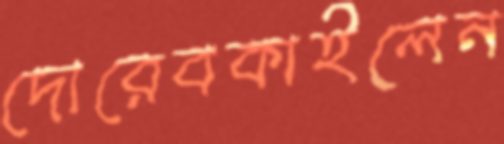
দোরেবকাইলেন